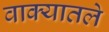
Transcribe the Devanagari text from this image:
वाक्यातले